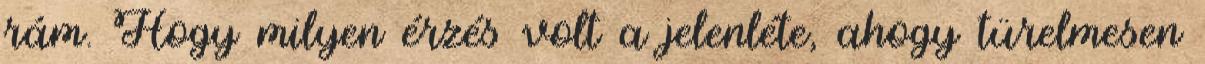
rám. Hogy milyen érzés volt a jelenléte, ahogy türelmesen